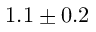
1 . 1 \pm 0 . 2